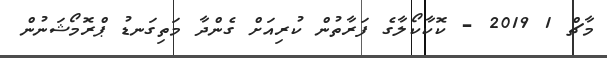
މާޗް 1 2019 - ކޮކާކޯލާގެ ފަރާތުން ކުރިއަށް ގެންދާ މަތިގަނޑު ޕްރޮމޯޝަނުން